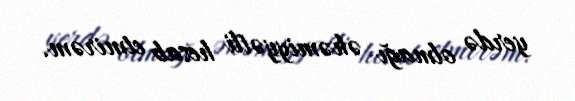
yerdə olmağı əhəmiyyətli hesab etmirəm.